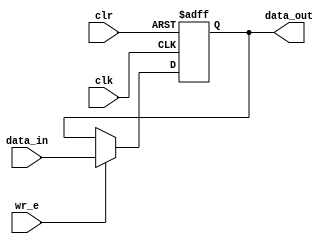
`timescale 1ns / 1ps
//////////////////////////////////////////////////////////////////////////////////
// Company: 
// Engineer: 
// 
// Design Name: 
// Module Name:    register12bit 
// Project Name: 
// Target Devices: 
// Tool versions: 
// Description: 
//
// Dependencies: 
//
// Revision: 
// Revision 0.01 - File Created
// Additional Comments: 
//
//////////////////////////////////////////////////////////////////////////////////
module register12bit(
    input [11:0] data_in,
    output reg[11:0] data_out,
    input wr_e,
    input clr,
    input clk
    );

always @(posedge clk, posedge clr)
begin
	if(clr)
		data_out <= 12'b000000000000;
	else if(wr_e)
		data_out <= data_in;
end

endmodule